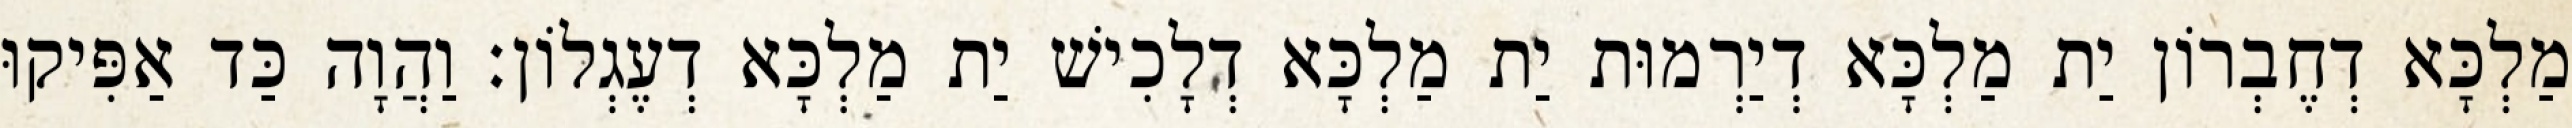
מַלְכָּא דְחֶבְרוֹן יַת מַלְכָּא דְיַרְמוּת יַת מַלְכָּא דְלָכִישׁ יַת מַלְכָּא דְעֶגְלוֹן׃ וַהֲוָה כַּד אַפִּיקוּ